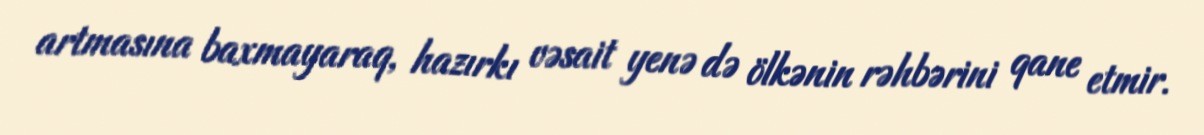
artmasına baxmayaraq, hazırkı vəsait yenə də ölkənin rəhbərini qane etmir.